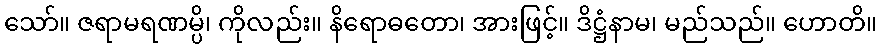
သော်။ ဇရာမရဏမ္ပိ၊ ကိုလည်း။ နိရောဓတော၊ အားဖြင့်။ ဒိဋ္ဌံနာမ၊ မည်သည်။ ဟောတိ။